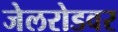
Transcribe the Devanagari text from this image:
जेलरोडवर